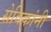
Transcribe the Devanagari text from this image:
सेविकांनी